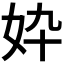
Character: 𫰓